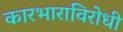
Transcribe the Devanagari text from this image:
कारभाराविरोधी